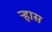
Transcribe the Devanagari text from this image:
ऱ्हास